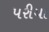
પરીયા